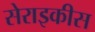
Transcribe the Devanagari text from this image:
सेराइकीस